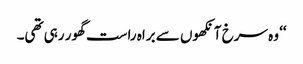
‘‘ وہ سرخ آنکھوں سے براہ راست گھور رہی تھی۔